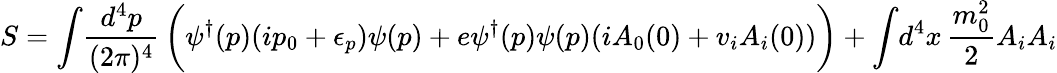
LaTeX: S=\int\! {\frac{d^{4}p}{(2\pi)^{4}}}\, \biggl(\psi^{\dagger}(p)(ip_{0}+\epsilon_{p})\psi(p)+e\psi^{\dagger}(p)\psi(p)(iA_{0}(0)+v_{i}A_{i}(0))\biggr)+\int\! d^{4}x\, {\frac{m_{0}^{2}}{2}}A_{i}A_{i}